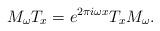
LaTeX: \begin{align*}M_\omega T_x = e^{2 \pi i \omega x} T_x M_\omega .\end{align*}